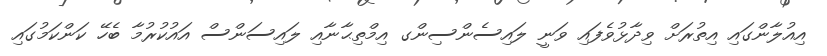
އިއުލާންގައި އިތުރަށް ވިދާޅުވެފައި ވަނީ ލައިސެންސިންގ އިމްތިޙާނާއި ލައިސަންސް އައުކުރުމާ ބެހޭ ކަންކަމުގައިި